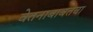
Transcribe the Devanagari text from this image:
वेतनाबाबतचा